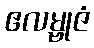
ဧလမ္ဗုဇံ